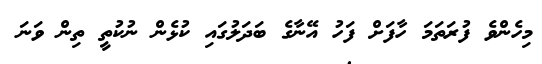
މިހެންވެ ފުރަތަމަ ހާފަށް ފަހު އޭނާގެ ބަދަލުގައި ކުޅެން ނުކުތީ ތިން ވަނަ